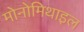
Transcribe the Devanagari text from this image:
मोनोमिथाइल